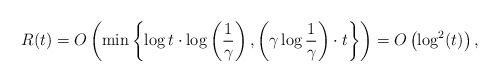
\begin{align*}R(t)= O\left( \min\left\{\log t \cdot \log\left(\frac{1}{\gamma}\right),\left(\gamma\log\frac{1}{\gamma}\right)\cdot t\right\}\right)= O\left(\log^2(t)\right),\end{align*}